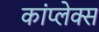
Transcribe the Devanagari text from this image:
कांप्लेक्स